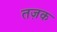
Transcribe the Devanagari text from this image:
तज़क